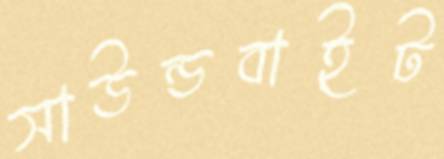
সাউন্ডবাইট